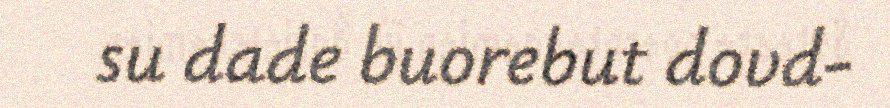
su dade buorebut dovd-